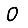
Digit: 0